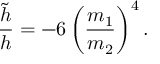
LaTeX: \frac { \tilde { h } } { h } = - 6 \left( \frac { m _ { 1 } } { m _ { 2 } } \right) ^ { 4 } .